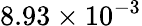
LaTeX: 8.93\times 10^{-3}